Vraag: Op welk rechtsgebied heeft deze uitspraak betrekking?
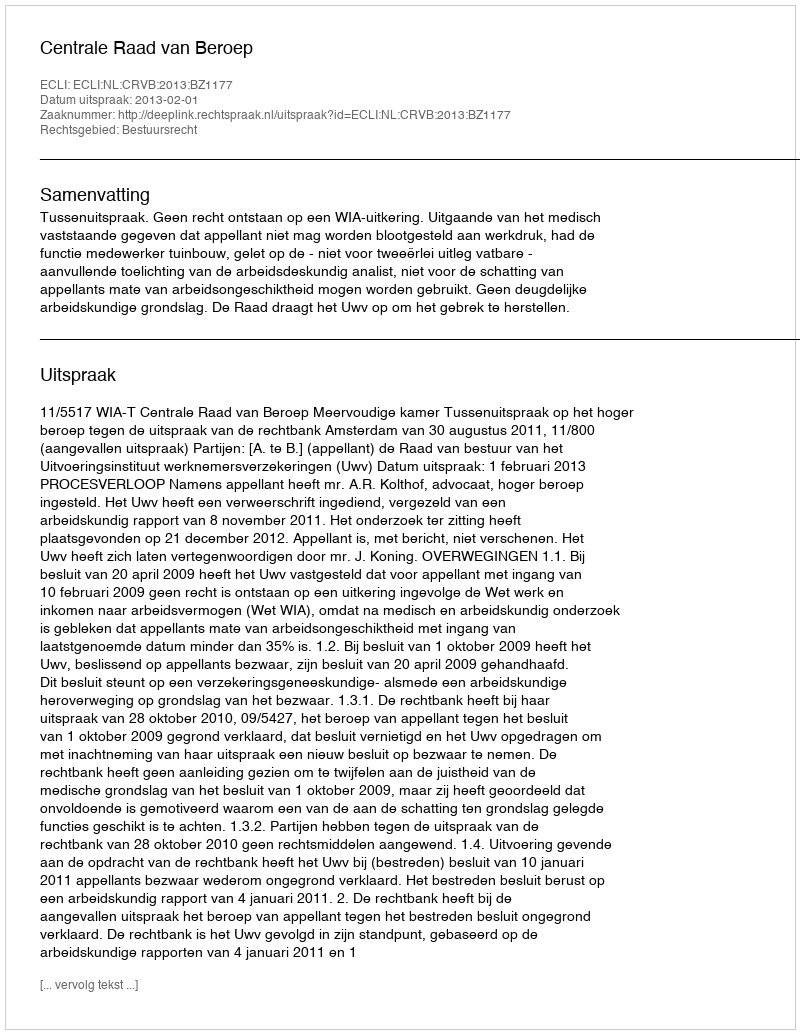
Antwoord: Bestuursrecht